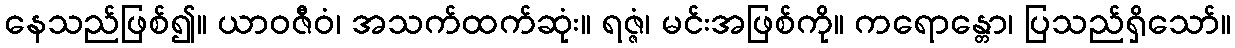
နေသည်ဖြစ်၍။ ယာဝဇီဝံ၊ အသက်ထက်ဆုံး။ ရဇ္ဇံ၊ မင်းအဖြစ်ကို။ ကရောန္တော၊ ပြသည်ရှိသော်။